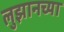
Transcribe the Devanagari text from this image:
लुझानच्या